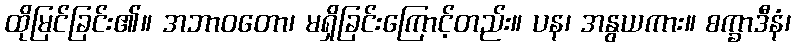
ထိုမြင်ခြင်း၏။ အဘာဝတော၊ မရှိခြင်းကြောင့်တည်း။ ပန၊ အနွယကား။ စက္ခာဒီနံ၊